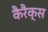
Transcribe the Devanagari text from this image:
कैरैक्स